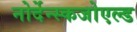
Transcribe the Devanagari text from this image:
नोर्देन्स्कजोएल्ड